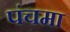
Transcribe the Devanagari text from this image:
पंचमा